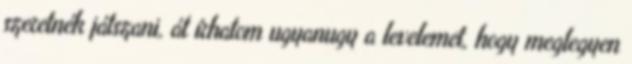
szeretnék játszani, át írhatom ugyanugy a levelemet, hogy meglegyen